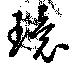
環